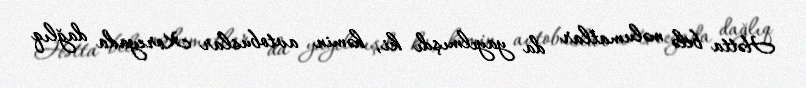
Hətta belə məlumatlar da yayılmışdı ki, həmin avtobuslar Koreyada dağlıq